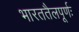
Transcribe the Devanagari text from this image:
भारततैलपूर्णः